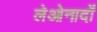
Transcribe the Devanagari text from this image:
लेओनार्दों